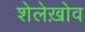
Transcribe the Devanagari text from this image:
शेलेख़ोव